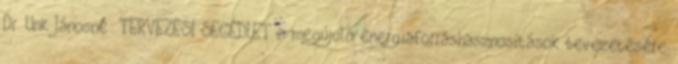
Dr. Unk Jánosné: TERVEZÉSI SEGÉDLET a megújuló energiaforráshasznosítások bevezetésére